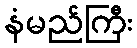
နံမည်ကြီး